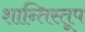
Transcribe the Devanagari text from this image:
शान्तिस्‍तूप